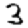
Digit: 3